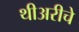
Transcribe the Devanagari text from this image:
थीअरीचे